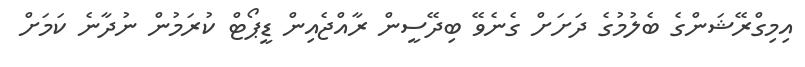
އިމިގްރޭޝަންގެ ބެލުމުގެ ދަށަށް ގެނެވޭ ބިދޭސީން ރާއްޖެއިން ޑީޕޯޓް ކުރަމުން ނުދާނެ ކަމަށް